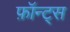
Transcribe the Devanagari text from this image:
फ़ॉन्ट्‍स